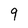
Character: 9